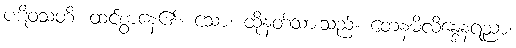
ပဋိဝသတိ၊ ထင်စွာနေ၏။ သော၊ ထိုနတ်သားသည်။ တေနမိလိန္ဒေနရညာ၊